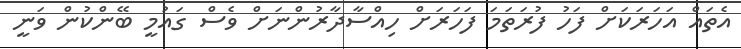
އެތައް އަހަރަކަށް ފަހު ފުރަތަމަ ފަހަރަށް ހިއްސާދާރުންނަށް ވެސް ގައުމީ ބޭންކުން ވަނީ